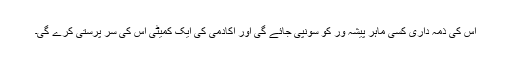
اس کی ذمہ داری کسی ماہر پیشہ ور کو سونپی جائے گی اور اکادمی کی ایک کمیٹی اس کی سر پرستی کرے گی۔